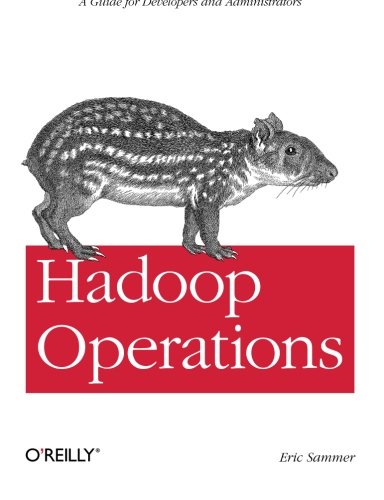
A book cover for Hadoop Operations; Eric Sammer; Computers & Technology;